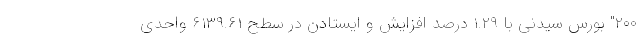
۲۰۰" بورس سیدنی با ۱.۲۹ درصد افزایش و ایستادن در سطح ۶۱۳۹.۶۱ واحدی